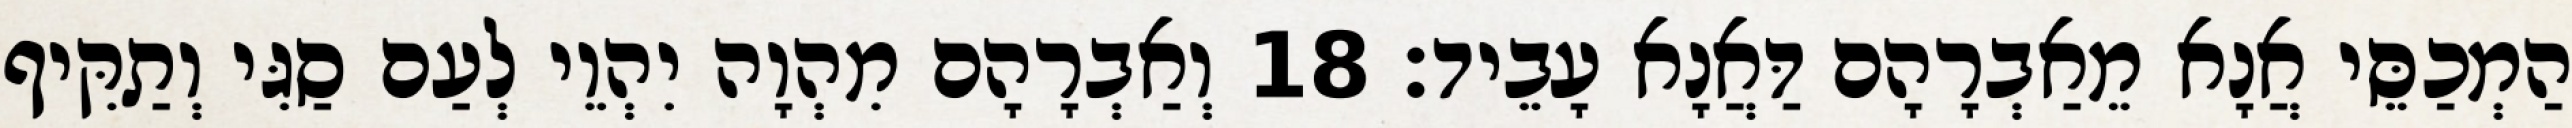
הַמְכַסֵּי אֲנָא מֵאַבְרָהָם דַּאֲנָא עָבֵיד׃ 18 וְאַבְרָהָם מִהְוָה יִהְוֵי לְעַם סַגִּי וְתַקִּיף